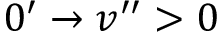
0 ^ { \prime } \rightarrow v ^ { \prime \prime } > 0